Report of the King Institute of Preventive Medicine, Guindy
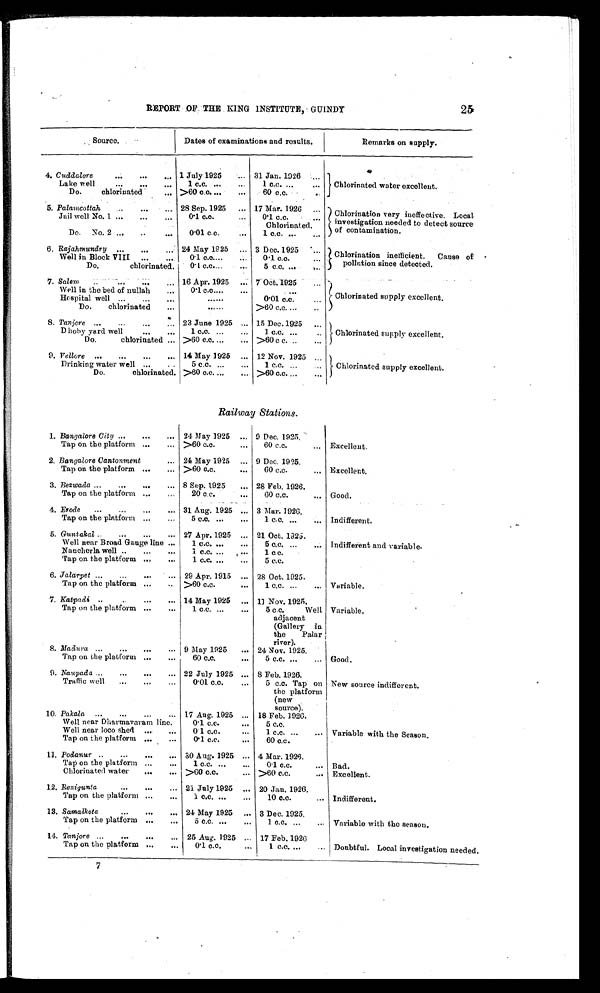
25
REPORT OF THE KING INSTITUTE, GUINDY
Source.
Dates of examinations and results.
Remarks on supply.
4. Cuddalore . . .
1 July 1925 . . .
31 Jan. 1926
Chlorinated water excellent.
Lake well . . .
1 c.c.
. . .
1 c.c.
. . .
Do.
chlorinated . . .
>60 c.c. . . .
60 c.c. . . .
5. Palamcottah . . .
28 Sep. 1925. . .
17 Mar. 1926 . . .
Chlorination very ineffective. Local
investigation needed to detect source
of contamination.
Jail well No. 1 . . .
0.1 c.c. . . .
0 . 1 c . c . . . .
Chlorinated.
Do.
No. 2 . . .
0.01 c.c. . . .
1 c.c. . . .
6. Rajahmundry .
.
. 24 May 1925 . . .
3 Dec. 1925 . . .
Chlorination inefficient. Cause of
pollution since detected.
Well in Block VIII . . .
0.1 c.c. . . .
0.1 c.c. . . .
Do.
chlorinated. . . .
0.1 c.c. . . .
5c.c.
. . .
7 . Salem
. . .
16 Apr. 1925 . . . 7 Oct. 1925 . . .
Chlorinated supply excellent.
Well in the bed of nullah . . .
0.1 c.c. . . .
. . .
Hospital well . . .
. . .
0.01 c.c. . . .
Do.
chlorinated . . .
. . .
>60 c.c. . . .
8. Tanjore
. . .
23 June 1925
. . . 15 Dec.1925 . . .
Chlorinated supply excellent.
D hoby yard well . . .
1 c.c. . . .
1 c.c. . . .
Do.
chlorinated . . .
>60 c.c. . . . >60 c c. . . .
9. Vellore . . .
14 May 1925. . . 12 Nov. 1925 . . .
Chlorinated supply excellent.
Drinking water well . . .
5 c.c. . . .
1 c.c. . . .
Do.
chlorinated. . . . >60 c.c. . . . >60 c.c. . . .
Railway Stations.
1. Bangalore City . . .
24 May 1925. . . 9 Dec. 1925.
Excellent.
Tap on the platform . . . >60 c.c. . . .
60 c.c. . . .
2. Bangalore Cantonment . . . 24 May 1925 . . .
9 Dec. 1925.
Excellent.
Tap on the platform . . . >60 c.c. . . .
60 c.c.. . .
3. Bezwada . . . 8 Sep. 1925 . . .
28 Feb. 1926.
Good.
Tap on the platform . . .
20 c c. . . .
60 c.c.. . .
4. Erode . . . 31 Aug. 1925 . . .
3 Mar. 1926.
Indifferent.
Tap on the platform . . .
5 c.c. . . .
1 c.c. . . .
5. Guntakal . . . 27 Apr. 1925 . . .
21 Oct. 1925.
Indifferent and variable.
Well near Broad Gauge line . . .
1 c.c. . . .
5 c.c.. . .
Nancherla well . . .
1 c.c. . . .
1 c . c . . . .
Tap on the platform . . .
1 c.c. . . .
5 c . c . . . .
6. Jalarpet . . . 29 Apr. 1915 . . .
28 Oct. 1925.
Variable.
Tap on the platform . . .
>60 c.c. . . .
1 c.c. . . .
7. Katpadi . . . 14 May 1925 . . .
11 Nov. 1925.
Variable.
Tap on the platform . . .
1 c.c. . . .
5 c.c. Well
adjacent
(Gallery in
the Palar
river).
8. Madura .
.
. 9 May 1925 . . .
24 Nov. 1925.
Good.
Tap on the platform . . .
60 c.c. . . .
5 c.c. . . .
9. Naupada
.
.
. 22 July 1925. . . 8 Feb. 1926.
New source indifferent.
Traffic well . . .
0.01 c.c. . . .
5 c.c. Tap on
the platform
(new
source).
10. Pakala . . . 17 Aug. 1925 . . . 18 Feb. 1926.
Variable with the Season.
Well near Dharmavaram line.
0.1 c.c. . . .
5 c.c.
Well near loco shed . . .
0.1 c.c. . . .
1 c.c. . . .
Tap on the platform . . .
0.1 c.c. . . .
60 c.c.
11. Podanur . . . 30 Aug. 1925 . . . 4 Mar. 1926.
Tap on the platform . . .
1 c.c. . . .
01 c.c. . . . Bad.
Chlorinated water . . . >60 c.c. . . . >60 c.c. . . . Excellent.
12. Renigunta . . . 21 July 1925 . . . 20 Jan. 1926.
Indifferent.
Tap on the platform . . .
1 c.c.
. . .
10 c.c. . . .
13. Samalkota . . . 24 May 1925 . . . 3 Dec. 1925.
Variable with the season.
Tap on the platform . . .
5 c.c.
. . .
1 c.c. . . .
14. Tanjore
.
.
. 25 Aug. 1925 . . .
17 Feb. 1926
Doubtful. Local investigation needed.
Tap on the platform . . .
0.1 c.c. . . .
1 c.c. . . .
7